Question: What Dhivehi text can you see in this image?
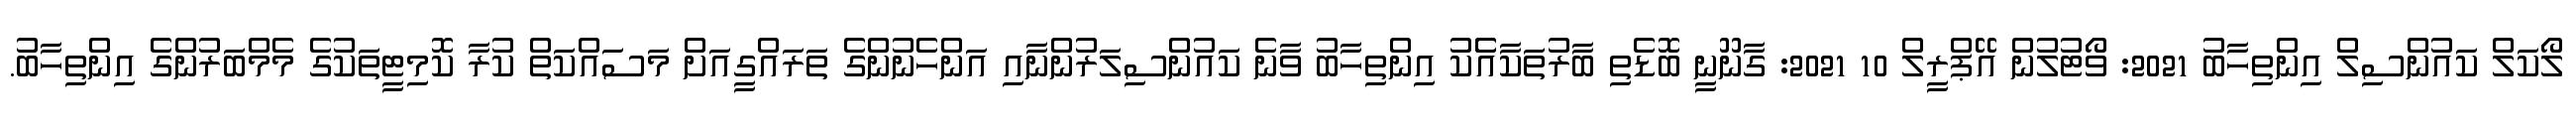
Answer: ލޯކަލް ކައުންސިލް އިންތިހާބު 2021: ވޯޓުލުން އޭޕްރީލް 10 2021: ގާނޫނީ ބޮޑެތި ބާރުތަކާއެެކު އިންތިހާބު ވާނެ ކައުންސިލަރުންނާއި އަންހެނުންގެ ތަރައްގީއަށް މަސައްކަތް ކުރާ ކޮމިޓީތަކުގެ މެމްބަރުންގެ އިންތިހާބު.